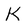
Character: K